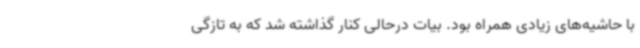
با حاشیه‌های زیادی همراه بود. بیات درحالی کنار گذاشته شد که به تازگی